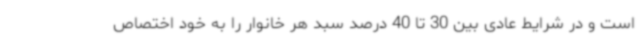
است و در شرایط عادی بین 30 تا 40 درصد سبد هر خانوار را به خود اختصاص